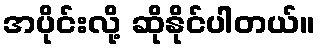
အပိုင်းလို့ ဆိုနိုင်ပါတယ်။